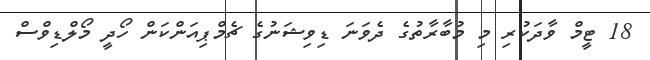
18 ޓީމް ވާދަކުރި މި މުބާރާތުގެ ދެވަނަ ޑިވިޝަނުގެ ޗެމްޕިއަންކަން ހޯދީ މޯލްޑިވްސް